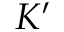
K ^ { \prime }